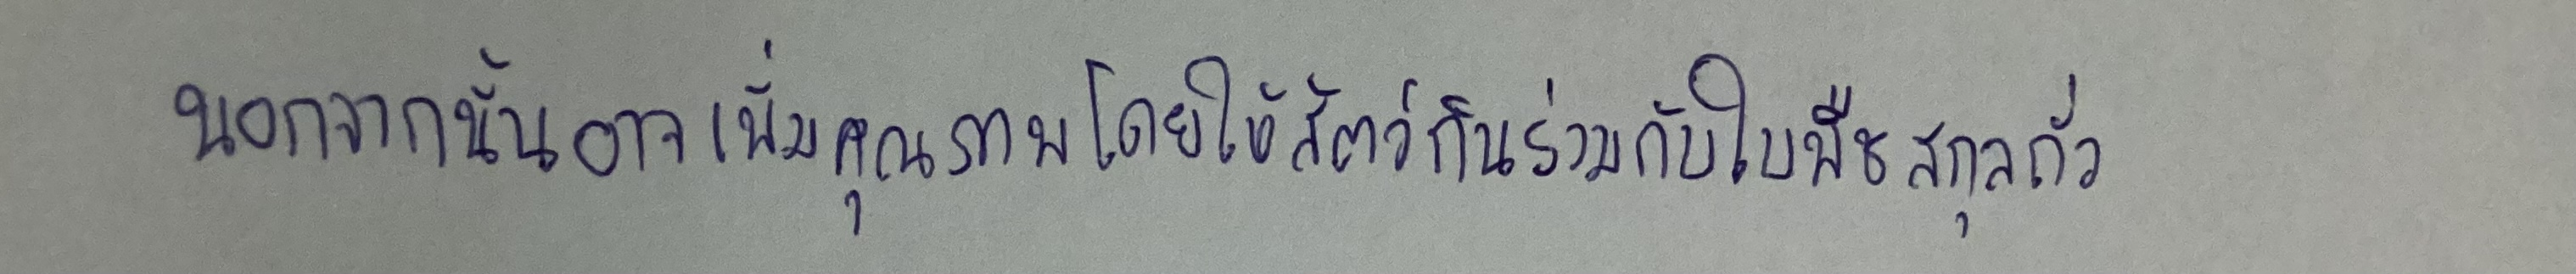
นอกจากนั้นอาจเพิ่มคุณภาพโดยให้สัตว์กินร่วมกับใบพืชสกุลถั่ว